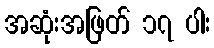
အဆုံးအဖြတ် ၁၇ ပါး